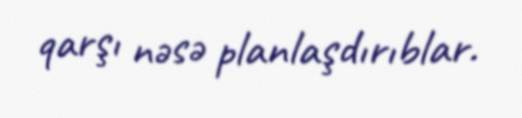
qarşı nəsə planlaşdırıblar.